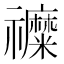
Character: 𮂦